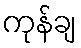
ကုန်ချ